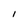
Character: I